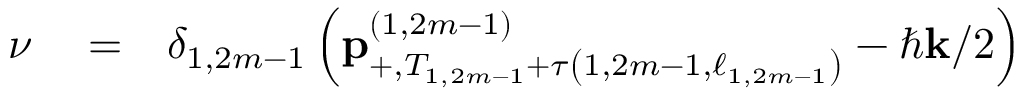
\begin{array} { r l r } { \nu } & { { } = } & { \delta _ { 1 , 2 m - 1 } \left( \mathbf { p } _ { + , T _ { 1 , 2 m - 1 } + \tau \left( 1 , 2 m - 1 , \ell _ { 1 , 2 m - 1 } \right) } ^ { \left( 1 , 2 m - 1 \right) } - \hbar \mathbf { k } / 2 \right) } \end{array}